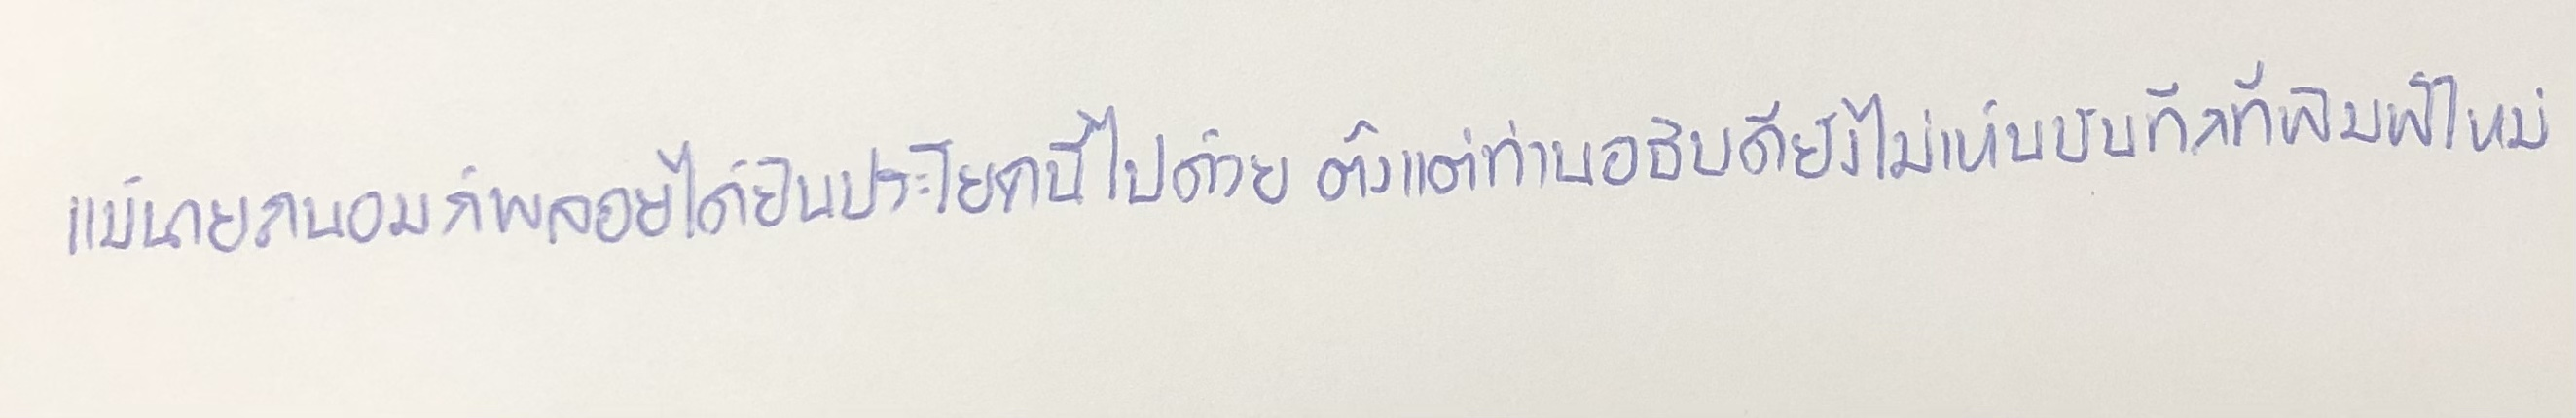
แม้นายถนอมก็พลอยได้ยินประโยคนี้ไปด้วยตั้งแต่ท่านอธิบดียังไม่เห็นบันทึกที่พิมพ์ใหม่